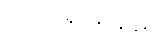
လိုက်လာကြသည်။